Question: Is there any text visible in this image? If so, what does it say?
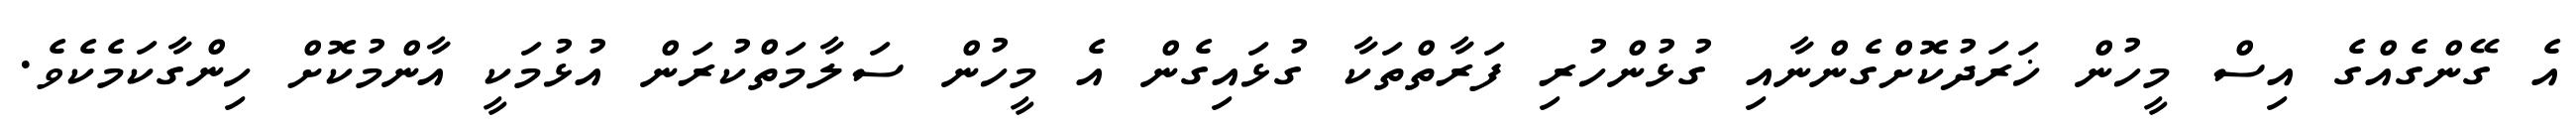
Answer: އެ ގޭންގެއްގެ އިސް މީހުން ޚަރަދުކޮށްގެންނާއި ގުޅުންހުރި ފަރާތްތަކާ ގުޅައިގެން އެ މީހުން ސަލާމަތްކުރަން އުޅުމަކީ އާންމުކޮށް ހިންގާކަމެކެވެ.